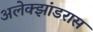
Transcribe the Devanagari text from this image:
अलेक्झांडरास